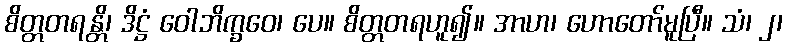
စိတ္တတရန္တိ၊ ဒိဋ္ဌံ ဝေါဘိက္ခဝေ၊ ပေ။ စိတ္တတရဟူ၍။ အာဟ၊ ဟောတော်မူပြီ။ သံ၊ ၂၊